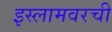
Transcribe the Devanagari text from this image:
इस्लामवरची